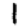
Digit: 1